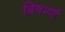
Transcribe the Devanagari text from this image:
बिषर्ण्ण